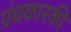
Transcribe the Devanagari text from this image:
ग्रंथकारकी